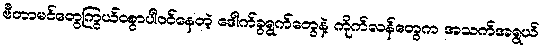
ဗီတာမင်တွေကြွယ်ဝစွာပါဝင်နေတဲ့ ဒေါက်ခွရွက်တွေနဲ့ ကိုက်လန်တွေက အသက်အရွယ်